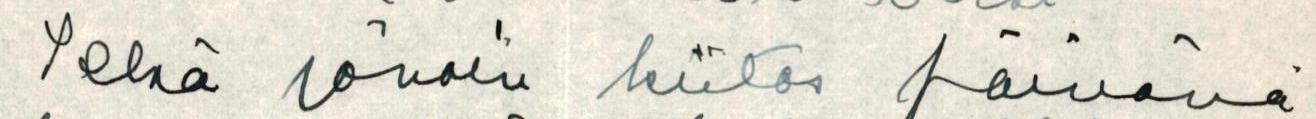
Sekä jonain kiitos päivänä